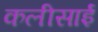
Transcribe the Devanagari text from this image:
कलीसाई